Vaccination in Bombay 1913-1923 - 1913-1923
Year: 1913
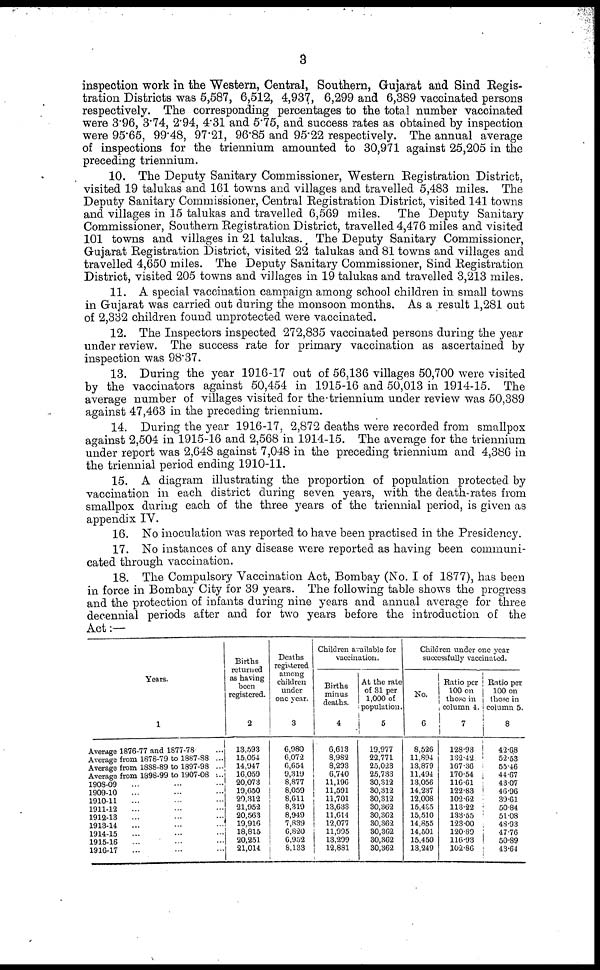
3
inspection work in the Western, Central, Southern, Gujarat and Sind Regis-
tration Districts was 5,587, 6,512, 4,937, 6,299 and 6,389 vaccinated persons
respectively. The corresponding percentages to the total number vaccinated
were 3.96, 3.74, 2.94, 4.31 and 5.75, and success rates as obtained by inspection
were 95.65, 99.48, 97.21, 96.85 and 95.22 respectively. The annual average
of inspections for the triennium amounted to 30,971 against 25,205 in the
preceding triennium.
10. The Deputy Sanitary Commissioner, Western Registration District,
visited 19 talukas and 161 towns and villages and travelled 5,483 miles. The
Deputy Sanitary Commissioner, Central Registration District, visited 141 towns
and villages in 15 talukas and travelled 6,569 miles. The Deputy Sanitary
Commissioner, Southern Registration District, travelled 4,476 miles and visited
101 towns and villages in 21 talukas. The Deputy Sanitary Commissioner,
Gujarat Registration District, visited 22 talukas and 81 towns and villages and
travelled 4,650 miles. The Deputy Sanitary Commissioner, Sind Registration
District, visited 205 towns and villages in 19 talukas and travelled 3,213 miles.
11. A special vaccination campaign among school children in small towns
in Gujarat was carried out during the monsoon months. As a result 1,281 out
of 2,332 children found unprotected were vaccinated.
12. The Inspectors inspected 272,835 vaccinated persons during the year
under review. The success rate for primary vaccination as ascertained by
inspection was 98.37.
13. During the year 1916-17 out of 56,136 villages 50,700 were visited
by the vaccinators against 50,454 in 1915-16 and 50,013 in 1914-15. The
average number of villages visited for the triennium under review was 50,389
against 47,463 in the preceding triennium.
14. During the year 1916-17, 2,872 deaths were recorded from smallpox
against 2,504 in 1915-16 and 2,568 in 1914-15. The average for the triennium
under report was 2,648 against 7,048 in the preceding triennium and 4,386 in
the triennial period ending 1910-11.
15. A diagram illustrating the proportion of population protected by
vaccination in each district during seven years, with the death-rates from
smallpox during each of the three years of the triennial period, is given as
appendix IV.
16. No inoculation was reported to have been practised in the Presidency.
17. No instances of any disease were reported as having been communi-
cated through vaccination.
18. The Compulsory Vaccination Act, Bombay (No. I of 1877), has been
in force in Bombay City for 39 years. The following table shows the progress
and the protection of infants during nine years and annual average for three
decennial periods after and for two years before the introduction of the
Act:—
Years.
1
Average 1876-77 and 1877-78 ...
Average from 1878-79 to 1887-88 ...
Average from 1888-89 to 1897-98 ...
Average from 1898-99 to 1907-08 ...
1908-09 ... ... ...
1909-10 ... ... ...
1910-11 ... ... ...
1911-12 ... ... ...
1912-13 ... ... ...
1913-14 ... ... ...
1914-15 ... ... ...
1915-16 ... ... ...
1916-17 ... ... ...
Births
returned
as having
been
registered.
2
13,593
15,054
14,947
16,059
20,073
19,650
20,312
21,952
20,563
19,916
18,815
20,251
21,014
Deaths
registered
among
children
under
one year.
3
6,980
6,072
6,654
9,319
8,877
8,059
8,611
8,319
8,949
7,839
6,820
6,952
8,133
Children available for
vaccination.
Births
minus
deaths.
4
6,613
8,982
8,293
6,740
11,196
11,591
11,701
13,633
11,614
12,077
11,995
13,299
12,881
At the rate
of 31 per
1,000 of
population.
5
19,977
22,771
25,023
25,733
30,312
30,312
30,312
30,362
30,362
30,362
30,362
30,362
30,362
Children under one year
successfully vaccinated.
No.
6
8,526
11,894
13,879
11,494
13,056
14,237
12,008
15,435
15,510
14,855
14,501
15,450
13,249
Ratio per
100 on
those in
column 4.
7
128.93
132.42
167.36
170.54
116.61
122.83
102.62
113.22
133.55
123.00
120.89
116.93
102.86
Ratio per
100 on
those in
column 5.
8
42.68
52.53
55.46
44.67
43.07
46.96
39.61
50.84
51.08
48.93
47.76
50.89
43.64